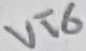
Text: VT6